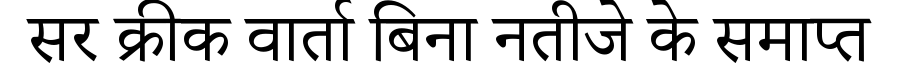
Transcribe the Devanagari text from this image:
सर क्रीक वार्ता बिना नतीजे के समाप्त